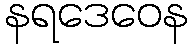
နရဒေဝေန